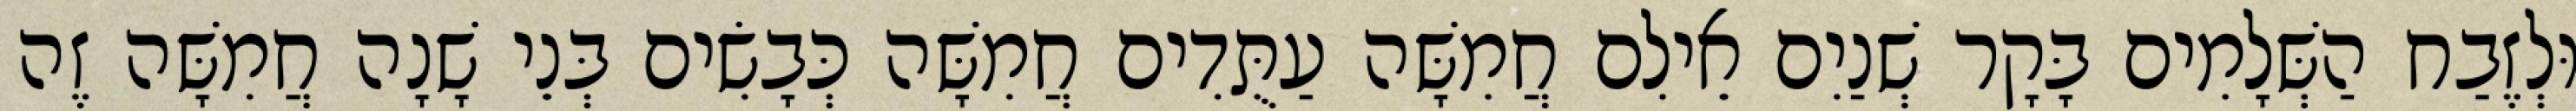
וּלְזֶבַח הַשְּׁלָמִים בָּקָר שְׁנַיִם אֵילִם חֲמִשָּׁה עַתֻּדִים חֲמִשָּׁה כְּבָשִׂים בְּנֵי שָׁנָה חֲמִשָּׁה זֶה